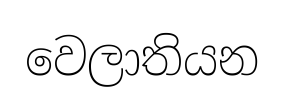
වෙලාතියන